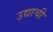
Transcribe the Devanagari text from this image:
उद्याची